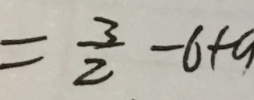
= \frac { 3 } { 2 } - 6 + 9